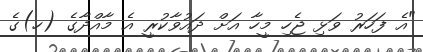
"އެ ފަހަރު ވަޅި ޖެހި މީހާ އަށް ދައުވާކުރީ އެ މާއްދާގެ (ހ)ގެ